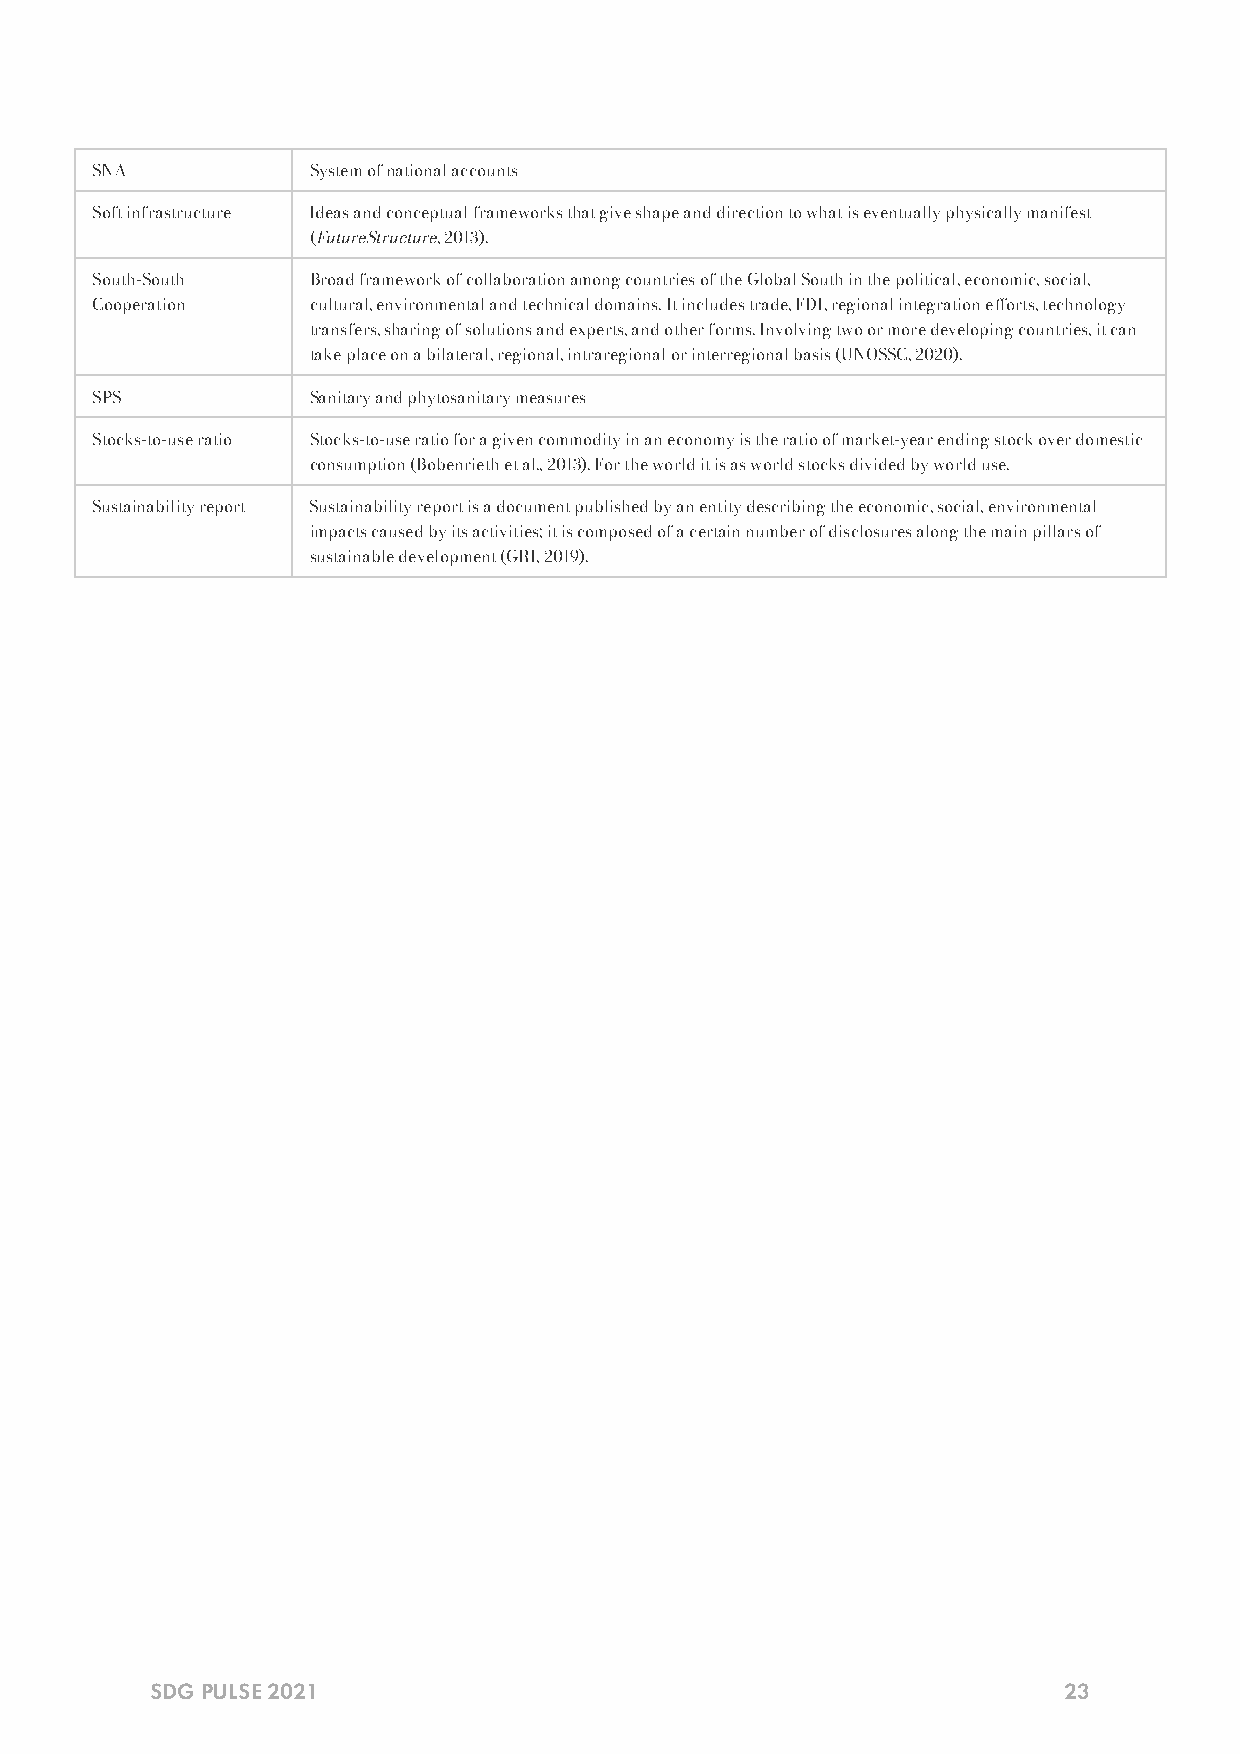
SNA           System of national accounts
 Soft infrastructure Ideas and conceptual frameworks that give shape and direction to what is eventually physically manifest
 (FutureStructure, 2013).
 South-South   Broad framework of collaboration among countries of the Global South in the political, economic, social,
 Cooperation   cultural, environmental and technical domains. It includes trade, FDI, regional integration eorts, technology
 transfers, sharing of solutions and experts, and other forms. Involving two or more developing countries, it can
 take place on a bilateral, regional, intraregional or interregional basis (UNOSSC, 2020).
 SPS           Sanitary and phytosanitary measures
 Stocks-to-use ratio Stocks-to-use ratio for a given commodity in an economy is the ratio of market-year ending stock over domestic
 consumption (Bobenrieth et al., 2013). For the world it is as world stocks divided by world use.
 Sustainability report Sustainability report is a document published by an entity describing the economic, social, environmental
 impacts caused by its activities; it is composed of a certain number of disclosures along the main pillars of
 sustainable development (GRI, 2019).
 SDG PULSE 2021                                              23